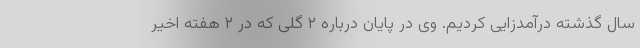
سال گذشته درآمدزایی کردیم. وی در پایان درباره ۲ گلی که در ۲ هفته اخیر